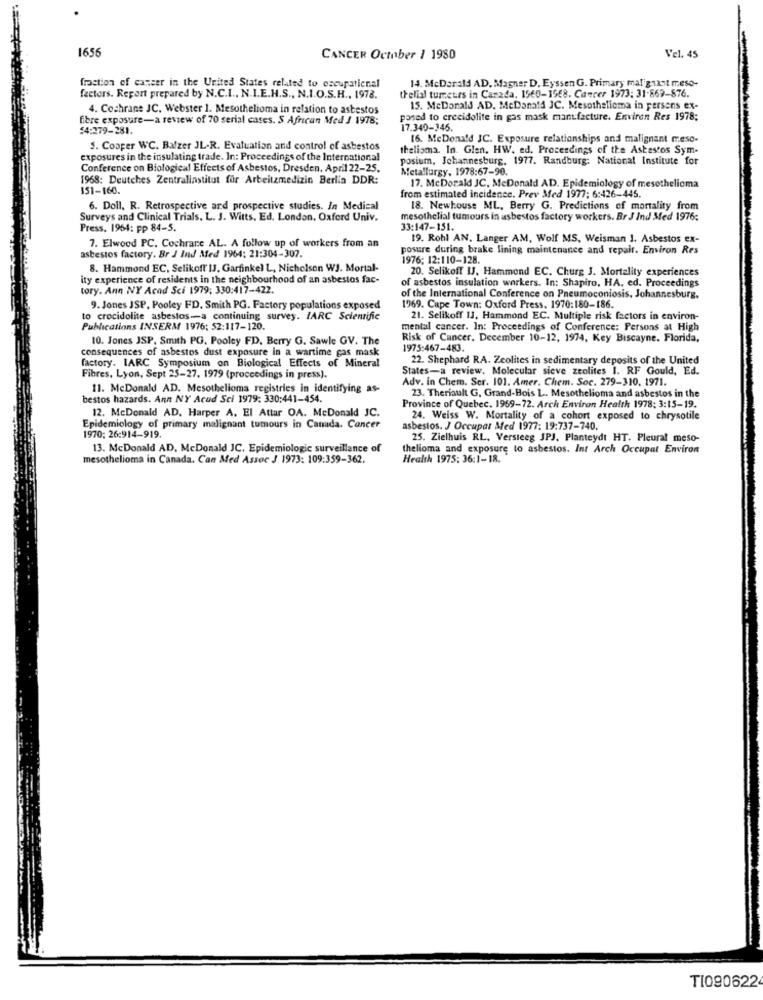
1656
CANCER October 1 1980
Vel. 45
14. McDonald AD, Magner D, Eyssen G. Primary malignant meso-
fraction of cancer in the United States related to occupational
factors. Report prepared by N.C.I ., N.I.E.H.S ., N.I.O.S.H ., 1978.
thelial tumeurs in Canada. 1960-1968. Cancer 1973: 31-869-876.
4. Cochrane JC, Webster 1. Mesothelioma in relation to asbestos
15. McDonald AD. McDonald JC. Mesothelioma in persons ex-
fibre exposure-a review of 70 serial cases. S African Med J 1978;
posed to crecidolite in gas mask manufacture. Environ Res 1978;
54:279-281.
17.340-345.
16. MeDonald JC. Exposure relationships and malignant meso-
5. Cooper WC. Balzer JL-R. Evaluation and control of asbestos
thelioma. In. Glen. HW. ed. Proceedings of the Astestos Sym-
exposures in the insulating trade. In: Proceedings of the International
posium, Johannesburg, 1977. Randburg: National Institute for
Conference on Biological Effects of Asbestos, Dresden. April 22-25.
Metallurgy, 1978:67-90.
1968: Deutches Zentralinstitut für Arbeitzmedizin Berlin DDR:
151-160.
17. McDorald JC, McDonald AD. Epidemiology of mesothelioma
from estimated incidence. Prev Med 1977: 6:426-445.
6. Doll, R. Retrospective and prospective studies. In Medical
18. Newhouse ML, Berry G. Predictions of mortality from
Surveys and Clinical Trials. L. J. Witts, Ed. London, Oxford Univ.
mesothelial tumours in asbestos factory workers. Br J Ind Med 1976:
Press. 1964: pp 84-5.
33:147-151.
19. Rohl AN. Langer AM, Wolf MS, Weisman 1. Asbestos ex-
asbestos factory. Br J Ind Med 1964: 21:304-307.
7. Elwood PC. Cochrane AL. A follow up of workers from an
posure during brake lining maintenance and repair. Environ Res
1976; 12:110-128.
8. Hammond EC, Selikoff IJ, Garfinkel L, Nicholson WJ. Mortal-
20. Selikoff IJ. Hammond EC. Churg J. Mortality experiences
ity experience of residents in the neighbourhood of an asbestos fac-
tory. Ann NY Acad Sci 1979; 330:417-422.
of asbestos insulation workers. In: Shapiro, HA, ed. Proceedings
of the International Conference on Pneumoconiosis. Johannesburg.
9. Jones JSP. Pooley FD. Smith PG. Factory populations exposed
1969. Cape Town: Oxford Press. 1970:180-186.
to crocidolite asbestos-a continuing survey. IARC Scientific
21. Selikoff IJ, Hammond EC. Multiple risk factors in environ-
Publications INSERM 1976: 52:117-120.
mental cancer. In: Proceedings of Conference: Persons at High
10. Jones JSP, Smith PG. Pooley FD, Berry G. Sawle GV. The
Risk of Cancer. December 10-12, 1974, Key Biscayne. Florida,
consequences of asbestos dust exposure in a wartime gas mask
1975:467-483.
22. Shephard RA. Zeolites in sedimentary deposits of the United
factory. IARC Symposium on Biological Effects of Mineral
States-a review. Molecular sieve zeolites 1. RF Gould, Ed.
Fibres, Lyon, Sept 25-27, 1979 (proceedings in press).
Adv. in Chem. Ser. 101. Amer. Chem. Soc. 279-310, 1971.
11. McDonald AD. Mesothelioma registries in identifying as-
bestos hazards. Ann NY Acud Sci 1979: 330:441-454.
23. Theriault G, Grand-Bois L. Mesothelioma and asbestos in the
12. McDonald AD. Harper A. El Attar OA. McDonald JC.
Province of Quebec. 1969-72. Arch Environ Health 1978: 3:15-19.
24. Weiss W. Mortality of a cohort exposed to chrysotile
Epidemiology of primary malignant tumours in Canada. Cancer
asbestos. J Occupar Med 1977: 19:737-740.
1970; 26:914-919.
25. Zielhuis RL, Versteeg JPJ, Planteydt HT. Pleural meso-
13. McDonald AD, McDonald JC. Epidemiologic surveillance of
thelioma and exposure to asbestos. Int Arch Occupat Environ
mesothelioma in Canada. Can Med Assoc J 1973: 109:359-362.
Health 1975: 36:1-18.
TI090622